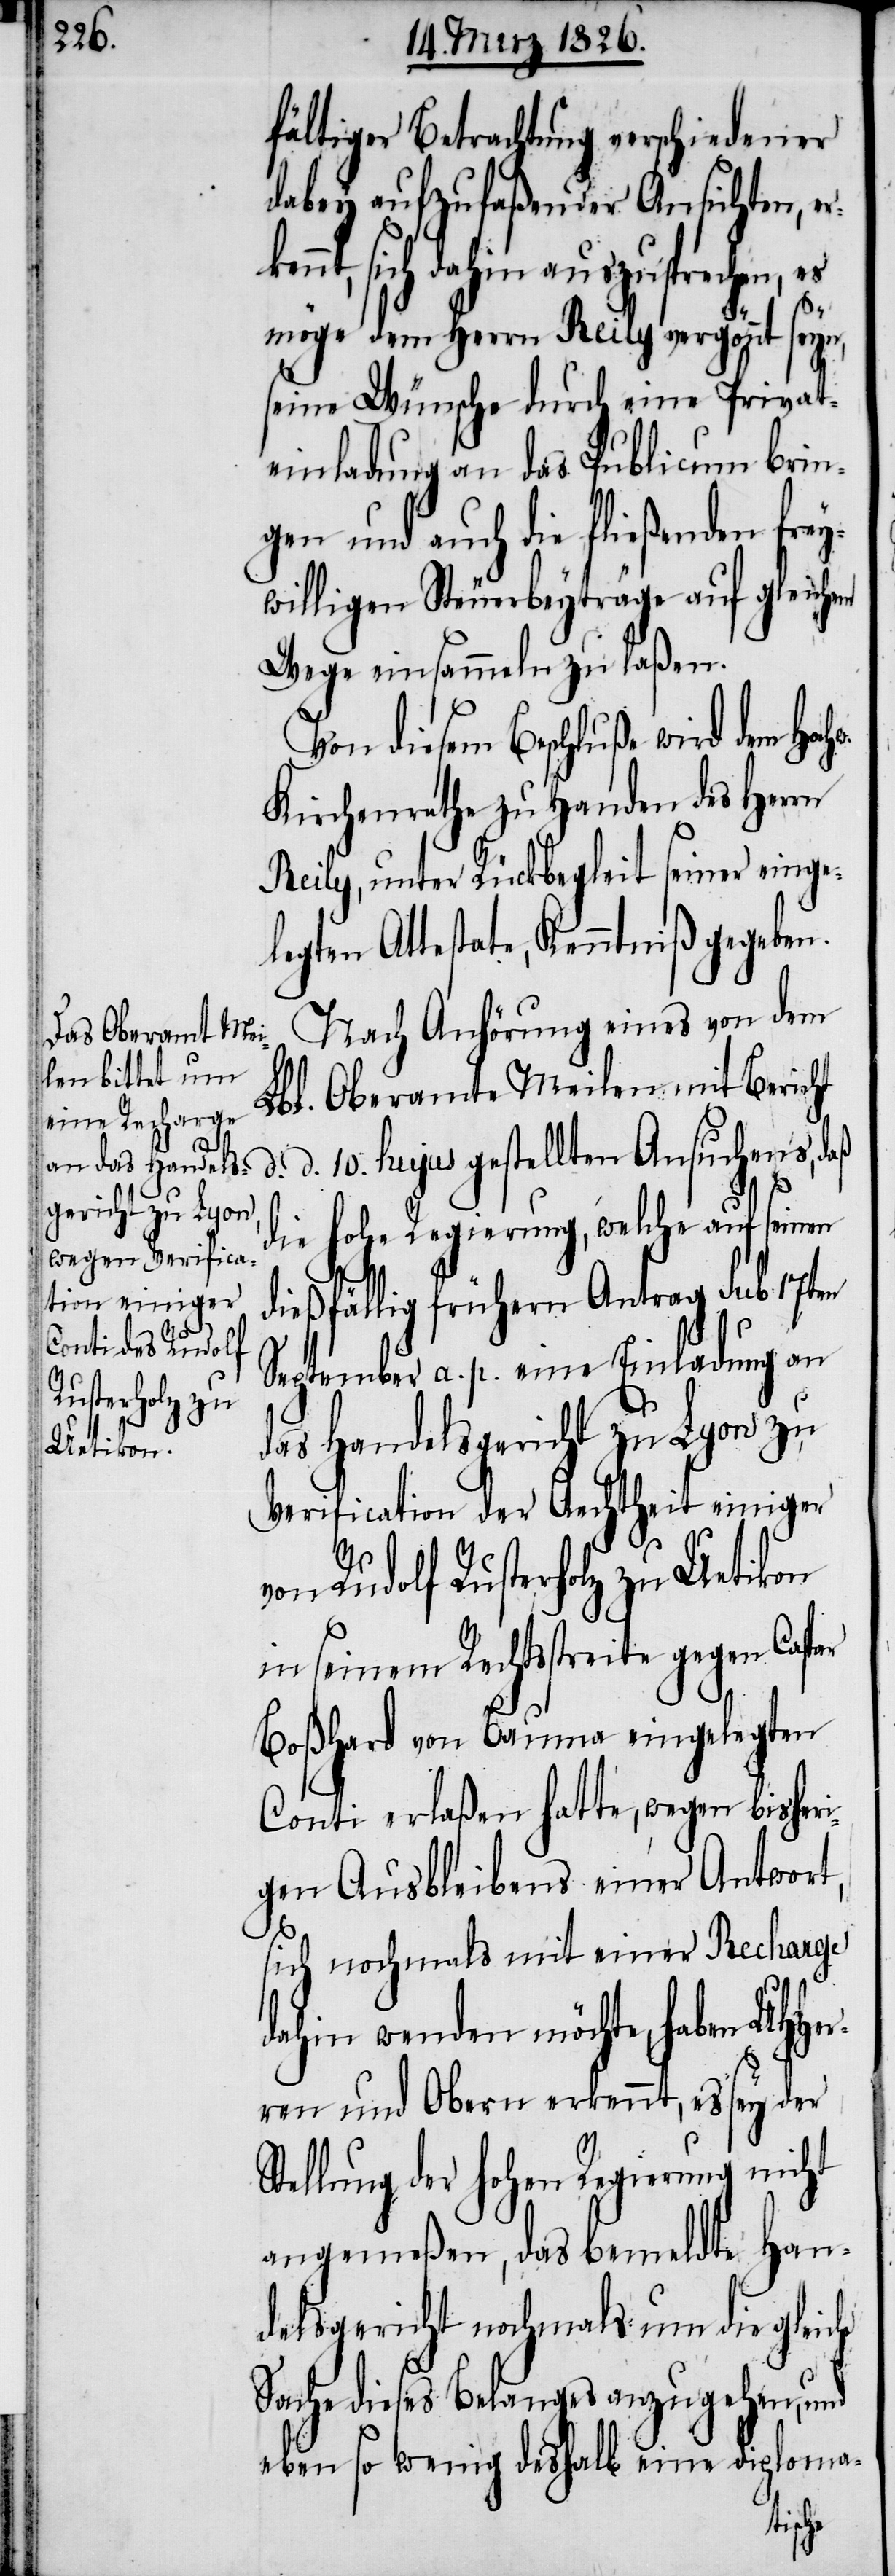
Rusterholz zu
Uetikon

fältiger Betrachtung verschiedener
dabey aufzufaßender Ansichten,
sich dahin auszusprechen,
möge dem Herrn Reily vergönnt seyn,
seine Wünsche durch eine Privat¬
einladung an das Publicum brin¬
gen und auch die fließenden frey¬
willigen Steuerbeyträge auf gleichem
Wege einsammeln zu laßen.
Von diesem Beschluße wird dem Hoch¬
Kirchenrathe zu Handen des Herrn
Reily, unter Rückbegleit seiner einge¬
legten Attestate, Kenntniß gegeben.
Nach Anhörung eines von dem
Lbl. Oberamte Meilen mit Bericht
d. d. 10. hujus gestellten Ansuchens, daß
S¬
die hohe Regierung, welche auf seinen
dießfällig frühern Antrag sub 17ten
September a. p. eine Einladung an
das Handelsgericht zu Lyon zu
Verification der Aechtheit einiger
in seinem Rechtsstreite gegen Casp¬
Boßhard von Bauma eingelegten
Conti erlaßen hatte, wegen bisher¬
igen Ausbleibens einer Antwort,
sich nochmals mit einer Recharge
dahin wenden möchte, haben UHHer¬
ren und Obern erkennt, es sey der
tellung der hohen Regierung nicht
angemeßen, das bemeldte Han¬
delsgericht nochmals um die gleiche
Sache dieses Belanges anzugehen, und
eben so wenig deshalb eine diploma-